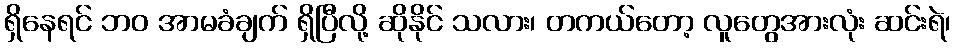
ရှိနေရင် ဘဝ အာမခံချက် ရှိပြီလို့ ဆိုနိုင် သလား၊ တကယ်တော့ လူတွေအားလုံး ဆင်းရဲ၊